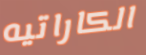
الكاراتيه